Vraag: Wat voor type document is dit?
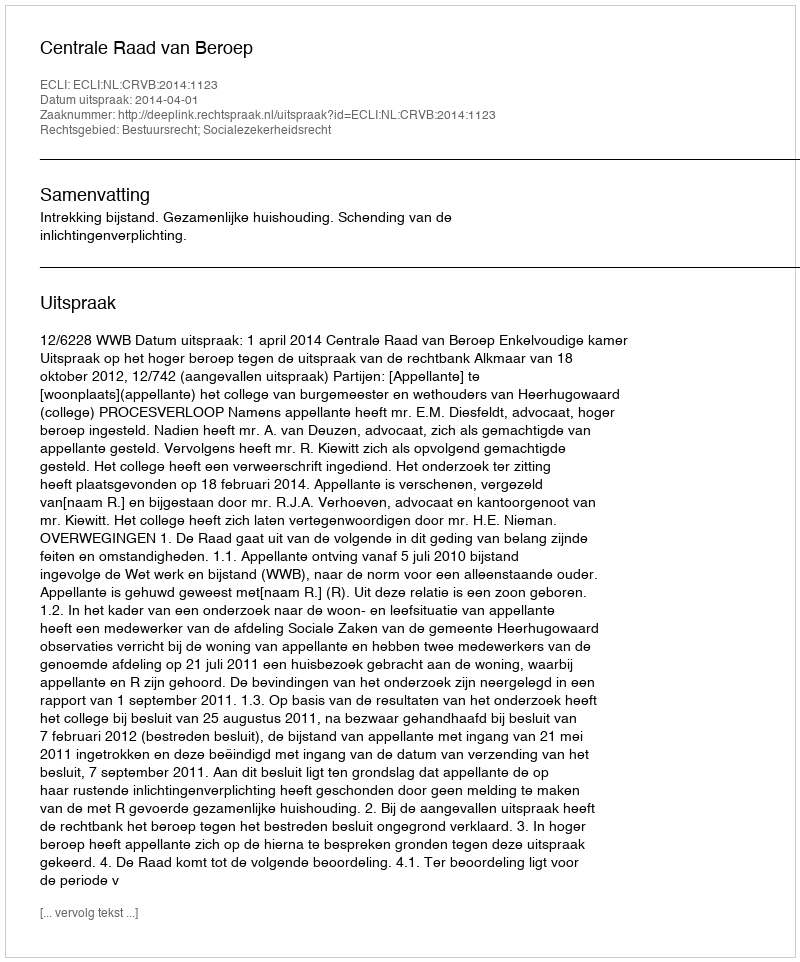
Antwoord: Uitspraak